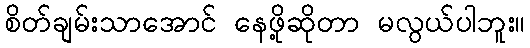
စိတ်ချမ်းသာအောင် နေဖို့ဆိုတာ မလွယ်ပါဘူး။